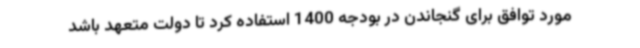
مورد توافق برای گنجاندن در بودجه 1400 استفاده کرد تا دولت متعهد باشد